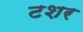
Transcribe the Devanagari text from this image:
टशर